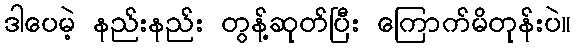
ဒါပေမဲ့ နည်းနည်း တွန့်ဆုတ်ပြီး ကြောက်မိတုန်းပဲ။